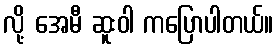
လို့ အေမီ ဆူးဝါ ကပြောပါတယ်။